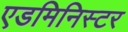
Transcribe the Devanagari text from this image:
एडमिनिस्टर